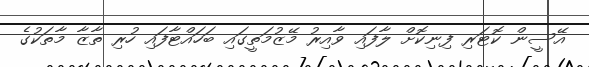
އޭސީން ކޮޓަރި ފިނިކޮށް ލާފައި ވާއިރު މޭޒުމަތީގައި ބަހައްޓާފައި ހުރި ތާޒާ މާތަކުގެ